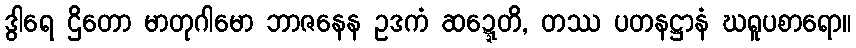
ဒွါရေ ဌိတော မာတုဂါမော ဘာဇနေန ဥဒကံ ဆဍ္ဍေတိ, တဿ ပတနဋ္ဌာနံ ဃရူပစာရော။